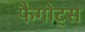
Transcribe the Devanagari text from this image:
फैगोट्स